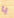
يا